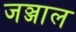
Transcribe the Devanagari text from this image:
जञ्जाल